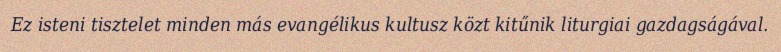
Ez isteni tisztelet minden más evangélikus kultusz közt kitűnik liturgiai gazdagságával.